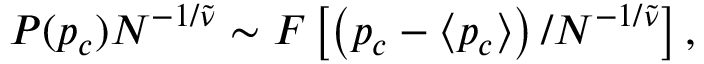
\begin{array} { r } { P ( p _ { c } ) N ^ { - 1 / \widetilde \nu } \sim F \left[ \left( p _ { c } - \left\langle p _ { c } \right\rangle \right) / N ^ { - 1 / \widetilde \nu } \right] , } \end{array}